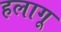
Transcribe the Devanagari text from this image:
हलागू